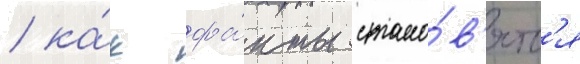
/ ка́к фа́кты стано́в'ятс'я